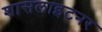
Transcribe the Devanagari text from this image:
शासलाइटनर